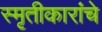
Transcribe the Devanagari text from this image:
स्मृतीकारांचे